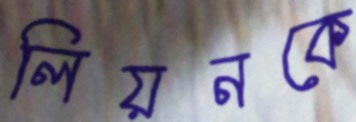
লিয়নকে